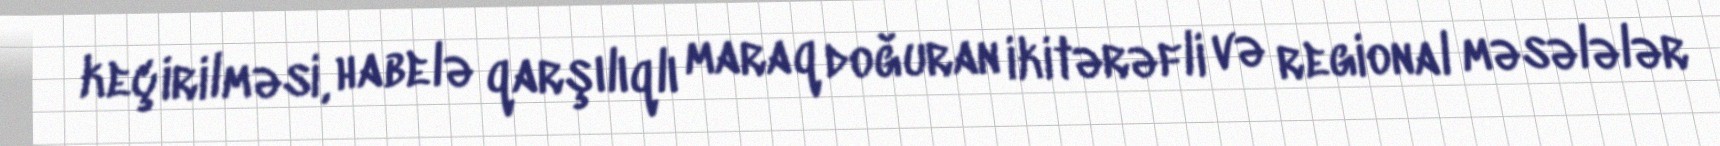
keçirilməsi, habelə qarşılıqlı maraq doğuran ikitərəfli və regional məsələlər